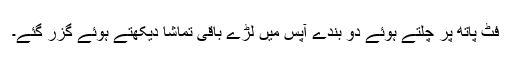
فٹ پاتھ پر چلتے ہوئے دو بندے آپس میں لڑے باقی تماشا دیکھتے ہوئے گزر گئے۔